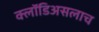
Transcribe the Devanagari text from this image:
क्लॉडिअसलाच